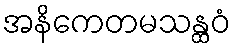
အနိကေတမသန္ထဝံ